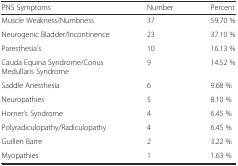
| PNS Symptoms | Number | Percent |
 | --- | --- | --- |
 | Muscle Weakness/Numbness | 37 | 59.70 % |
 | Neurogenic Bladder/Incontinence | 23 | 37.10 % |
 | Paresthesia’s | 10 | 16.13 % |
 | Cauda Equina Syndrome/Conus Medullaris Syndrome | 9 | 14.52 % |
 | Saddle Anesthesia | 6 | 9.68 % |
 | Neuropathies | 5 | 8.10 % |
 | Horner’s Syndrome | 4 | 6.45 % |
 | Polyradiculopathy/Radiculopathy | 4 | 6.45 % |
 | Guillen Barre | 2 | 3.22 % |
 | Myopathies | 1 | 1.63 % |